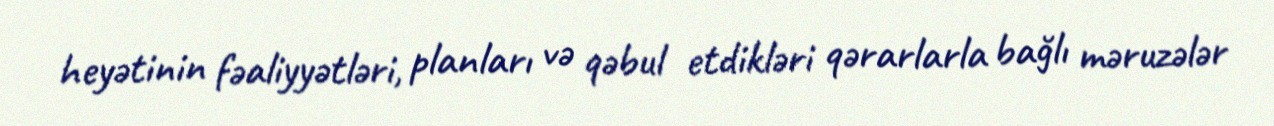
heyətinin fəaliyyətləri, planları və qəbul etdikləri qərarlarla bağlı məruzələr